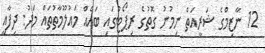
12 ނާޒިމްގެ ޝަރީއަތް ނިމުނު ގޮތުގެ ރިޕޯޓުގައި ބައެއް މައުލޫމާތުތައް މަދު: ދިފާއީ